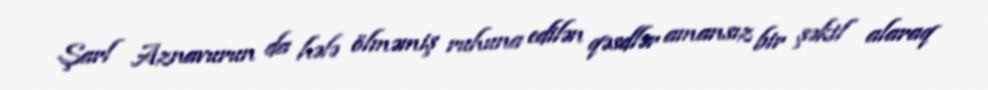
Şarl Aznavurun da hələ ölməmiş ruhuna edilən qəsdlər amansız bir şəkil alaraq